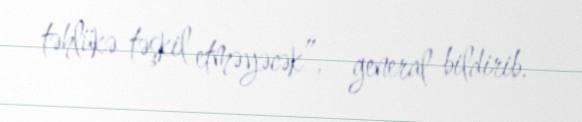
təhlükə təşkil etməyəcək”, - general bildirib.